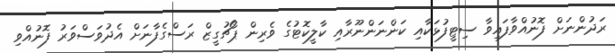
ރަދުންނަށް ފޮނުއްވާފައިވާ ސިޓީފުޅަކާއި ކަންނަންނޫރާއި ކާލީކޮޓުގެ ވެރިން ޕޯޗުގީޒް ރަސްގެފާނަށް އެދުވަސްވަރު ފޮނުއްވި